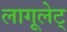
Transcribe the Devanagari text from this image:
लागूलेट्